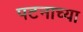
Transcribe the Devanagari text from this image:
पटनाच्या